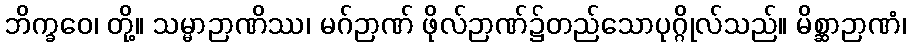
ဘိက္ခဝေ၊ တို့။ သမ္မာဉာဏိဿ၊ မဂ်ဉာဏ် ဖိုလ်ဉာဏ်၌တည်သောပုဂ္ဂိုလ်သည်။ မိစ္ဆာဉာဏံ၊